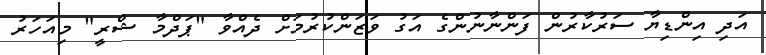
އަދި އިންޑިޔާ ސަރުކާރުން ފަންނާނުންގެ އަގު ވަޒަންކުރުމަށް ދެއްވާ "ޕަދްމާ ޝްރީ" މިއަހަރު